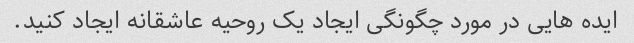
ایده هایی در مورد چگونگی ایجاد یک روحیه عاشقانه ایجاد کنید.